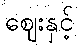
ဈေးနှင့်